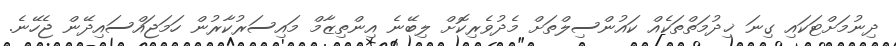
ދިނުމަށްޓަކައި ގިނަ ޚިދުމަތްތަކެއް ކައުންސިލްތަށް މެދުވެރިކޮށް ލިބޭނެ އިންތިޒާމް މައިސަރުކާރުން ހަމަޖައްސައިދޭން ޖެހޭނެ.